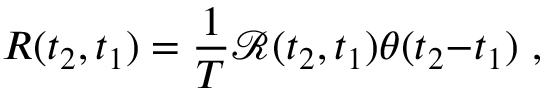
R ( t _ { 2 } , t _ { 1 } ) = \frac { 1 } { T } \mathcal { R } ( t _ { 2 } , t _ { 1 } ) \theta ( t _ { 2 } { - } t _ { 1 } ) ~ ,